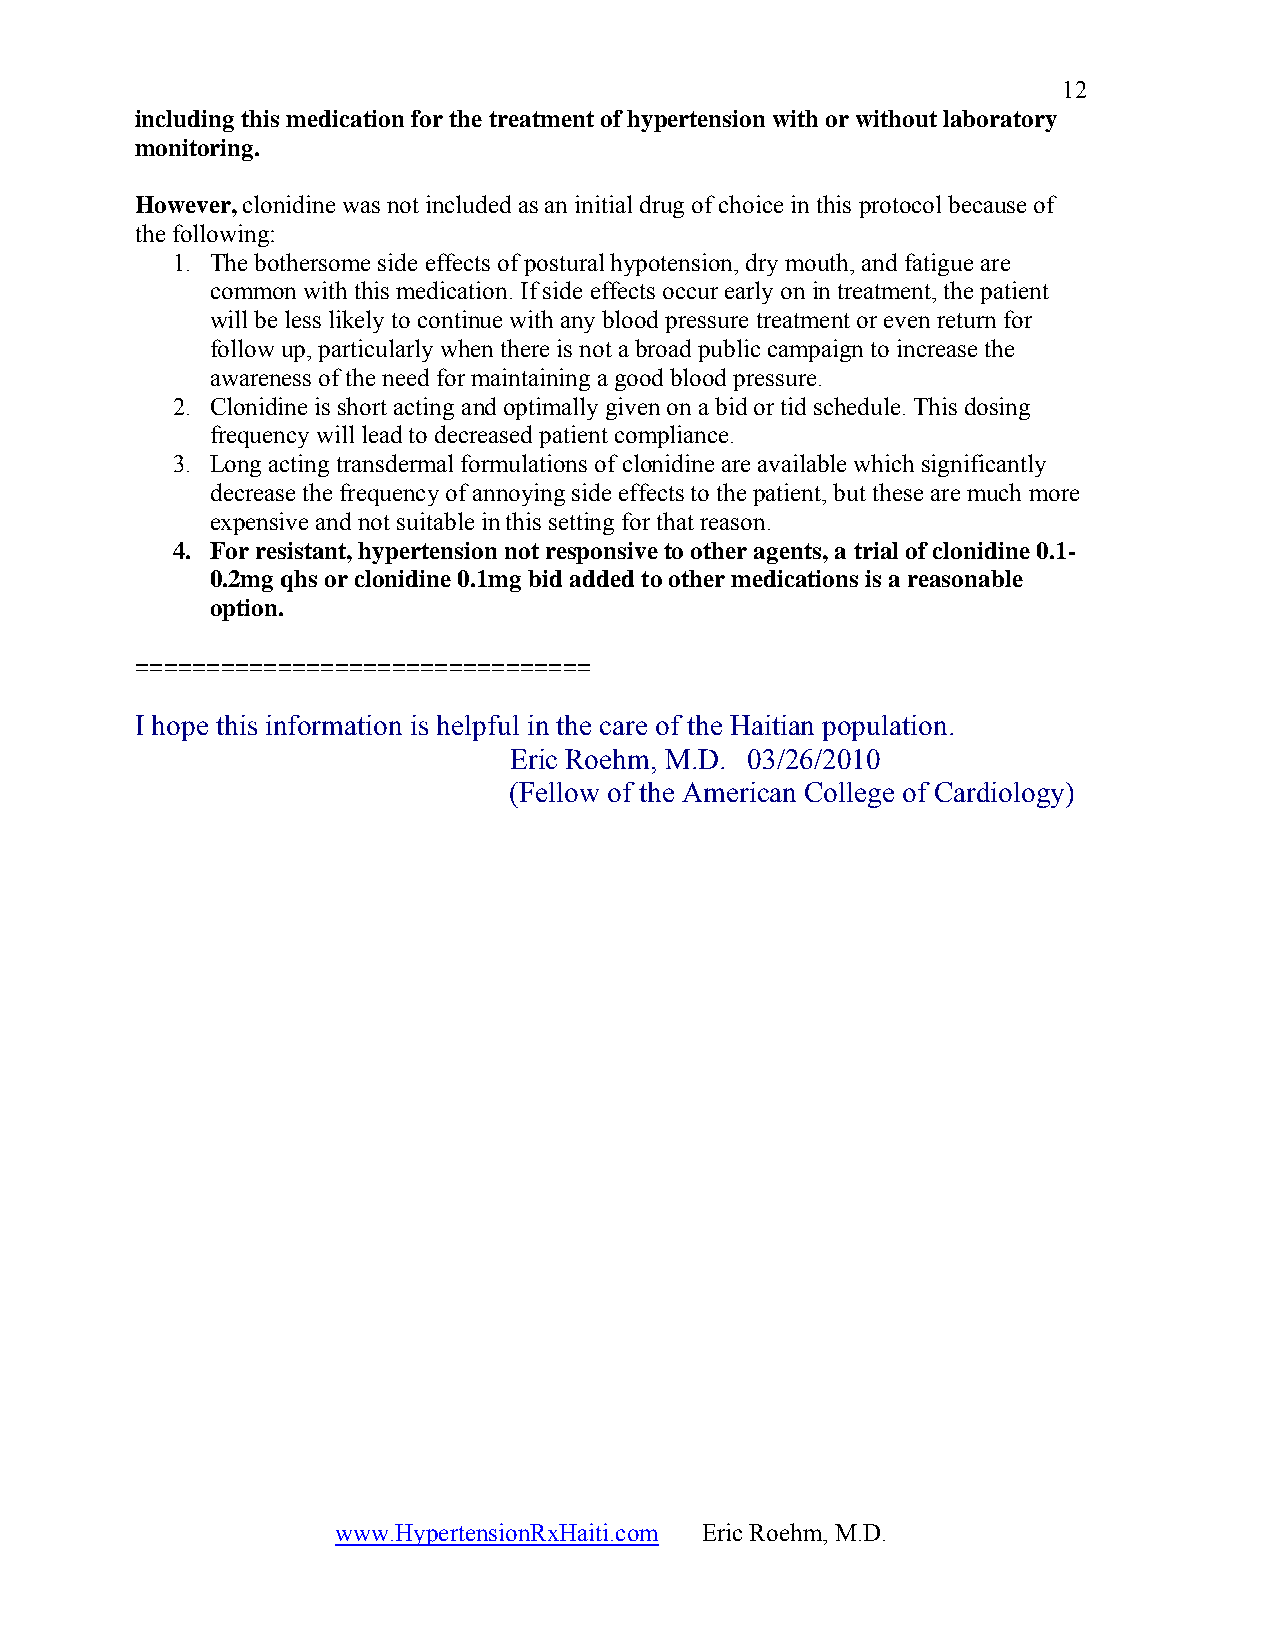
12
 including this medication for the treatment of hypertension with or without laboratory
 monitoring.
 However, clonidine was not included as an initial drug of choice in this protocol because of
 the following:
 1. The bothersome side effects of postural hypotension, dry mouth, and fatigue are
 common with this medication. If side effects occur early on in treatment, the patient
 will be less likely to continue with any blood pressure treatment or even return for
 follow up, particularly when there is not a broad public campaign to increase the
 awareness of the need for maintaining a good blood pressure.
 2. Clonidine is short acting and optimally given on a bid or tid schedule. This dosing
 frequency will lead to decreased patient compliance.
 3. Long acting transdermal formulations of clonidine are available which significantly
 decrease the frequency of annoying side effects to the patient, but these are much more
 expensive and not suitable in this setting for that reason.
 4. For resistant, hypertension not responsive to other agents, a trial of clonidine 0.1-
 0.2mg qhs or clonidine 0.1mg bid added to other medications is a reasonable
 option.
 ================================
 I hope this information is helpful in the care of the Haitian population.
 Eric Roehm, M.D. 03/26/2010
 (Fellow of the American College of Cardiology)
 www.HypertensionRxHaiti.com Eric Roehm, M.D.